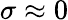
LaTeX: \sigma\approx 0